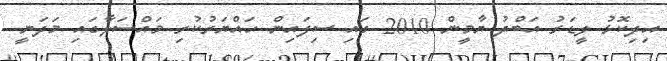
އިދިކޮޅު ލީޑަރު އަބްދު ޔާމީން 2010 ގައި ސިފައިން ހައްޔަރުކުރި މައްސަލާގައި މަދަނީ